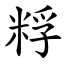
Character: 粰